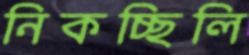
নিকচ্ছিলি